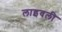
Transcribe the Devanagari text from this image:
लाइवली